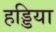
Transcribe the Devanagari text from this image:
हड्डिया